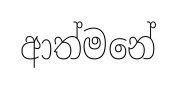
ආත්මනේ